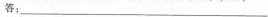
答：___